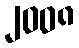
၂၀၀၈